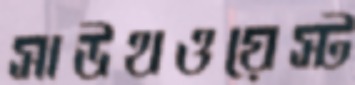
সাউথওয়েস্ট